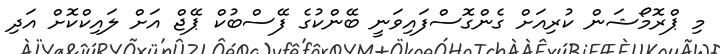
މި ޕްރޮމޯޝަން ކުރިއަށް ގެންގޮސްފައިވަނީ ބޭންކުގެ ފޭސްބުކް ޕޭޖް އަށް ލައިކްކޮށް އަދި